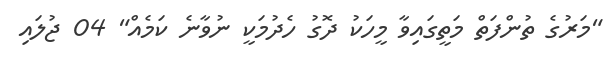
"މަރުގެ ތުންފަތް މަތީގައިވާ މީހަކު ދޮގު ހެދުމަކީ ނުވާނެ ކަމެއް" 04 ޖުލައި